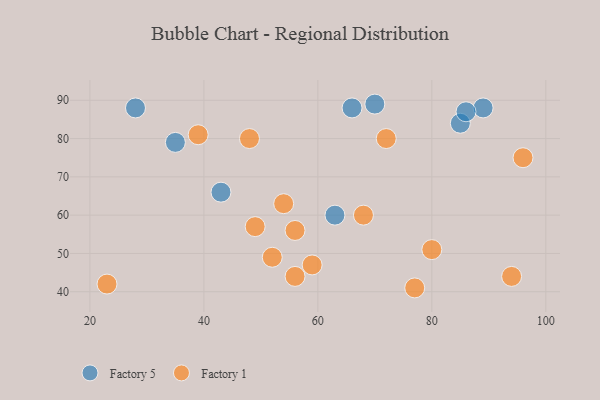
{"axis": {"x": "GDP", "y": "Life Expectancy"}, "legend": ["Factory 1", "Factory 5"], "data": [{"x": "63", "y": 60, "type": "Factory 5"}, {"x": "70", "y": 89, "type": "Factory 5"}, {"x": "35", "y": 79, "type": "Factory 5"}, {"x": "85", "y": 84, "type": "Factory 5"}, {"x": "89", "y": 88, "type": "Factory 5"}, {"x": "28", "y": 88, "type": "Factory 5"}, {"x": "66", "y": 88, "type": "Factory 5"}, {"x": "43", "y": 66, "type": "Factory 5"}, {"x": "86", "y": 87, "type": "Factory 5"}, {"x": "72", "y": 80, "type": "Factory 1"}, {"x": "39", "y": 81, "type": "Factory 1"}, {"x": "49", "y": 57, "type": "Factory 1"}, {"x": "68", "y": 60, "type": "Factory 1"}, {"x": "56", "y": 44, "type": "Factory 1"}, {"x": "59", "y": 47, "type": "Factory 1"}, {"x": "52", "y": 49, "type": "Factory 1"}, {"x": "23", "y": 42, "type": "Factory 1"}, {"x": "96", "y": 75, "type": "Factory 1"}, {"x": "94", "y": 44, "type": "Factory 1"}, {"x": "56", "y": 56, "type": "Factory 1"}, {"x": "54", "y": 63, "type": "Factory 1"}, {"x": "77", "y": 41, "type": "Factory 1"}, {"x": "80", "y": 51, "type": "Factory 1"}, {"x": "48", "y": 80, "type": "Factory 1"}]}